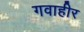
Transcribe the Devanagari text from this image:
गवाहीर